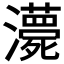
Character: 𤃫